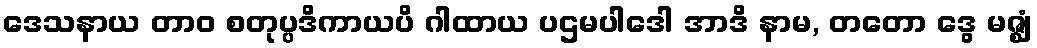
ဒေသနာယ တာဝ စတုပ္ပဒိကာယပိ ဂါထာယ ပဌမပါဒေါ အာဒိ နာမ, တတော ဒွေ မဇ္ဈံ